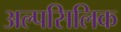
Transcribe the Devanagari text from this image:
अल्पसिलिक